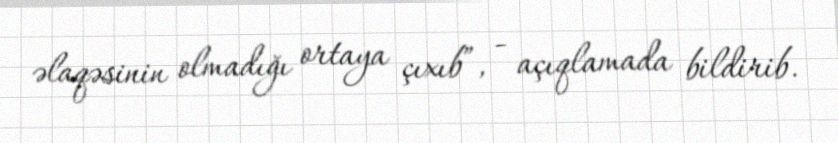
əlaqəsinin olmadığı ortaya çıxıb”, - açıqlamada bildirib.